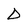
Character: D